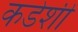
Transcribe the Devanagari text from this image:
कडेशी